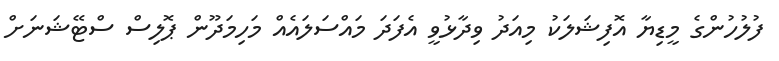
ފުލުހުންގެ މީޑިޔާ އޮފިޝަލަކު މިއަދު ވިދާޅުވީ އެފަދަ މައްސަލައެއް މަހިމަދޫން ޕޮލިސް ސްޓޭޝަނަށް